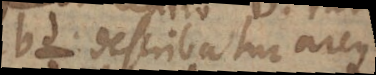
bd describatur arcus